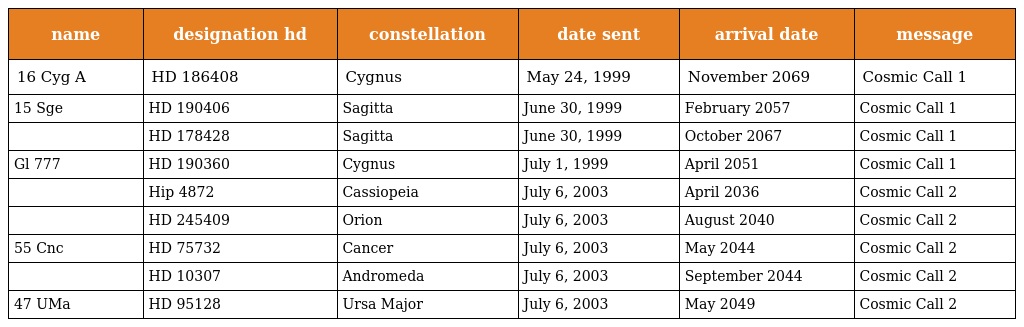
| name | designation hd | constellation | date sent | arrival date | message |
 | --- | --- | --- | --- | --- | --- |
 | 16 Cyg A | HD 186408 | Cygnus | May 24, 1999 | November 2069 | Cosmic Call 1 |
 | 15 Sge | HD 190406 | Sagitta | June 30, 1999 | February 2057 | Cosmic Call 1 |
 |  | HD 178428 | Sagitta | June 30, 1999 | October 2067 | Cosmic Call 1 |
 | Gl 777 | HD 190360 | Cygnus | July 1, 1999 | April 2051 | Cosmic Call 1 |
 |  | Hip 4872 | Cassiopeia | July 6, 2003 | April 2036 | Cosmic Call 2 |
 |  | HD 245409 | Orion | July 6, 2003 | August 2040 | Cosmic Call 2 |
 | 55 Cnc | HD 75732 | Cancer | July 6, 2003 | May 2044 | Cosmic Call 2 |
 |  | HD 10307 | Andromeda | July 6, 2003 | September 2044 | Cosmic Call 2 |
 | 47 UMa | HD 95128 | Ursa Major | July 6, 2003 | May 2049 | Cosmic Call 2 |